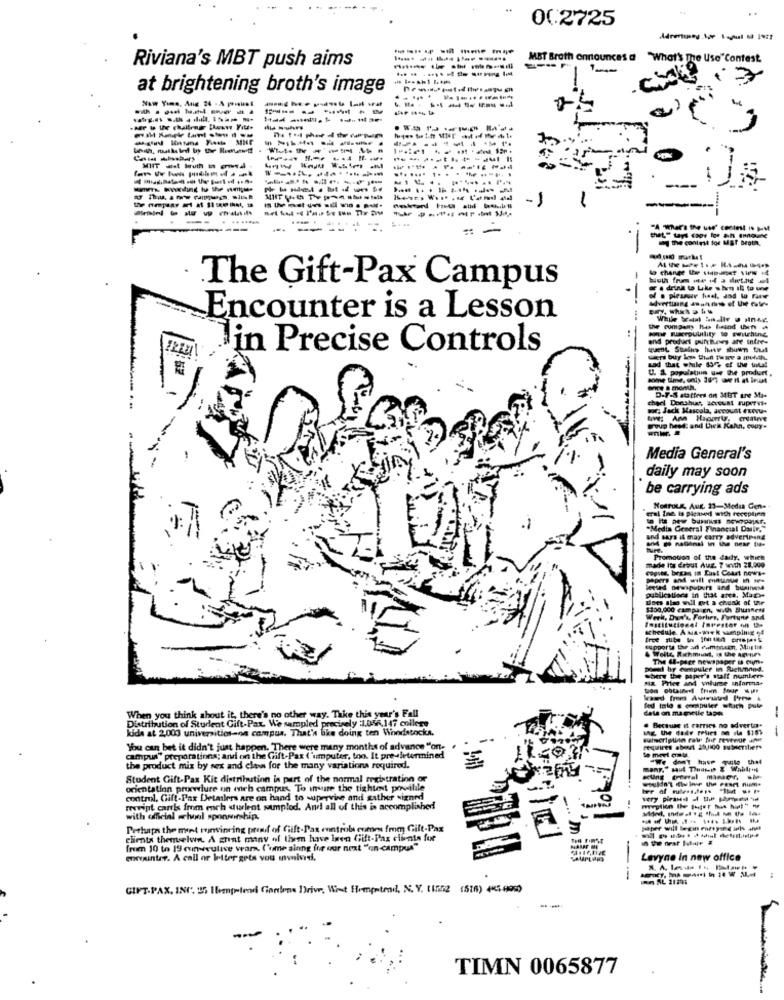
..
00.2725
--------
Riviana's MBT push aims
MBT Broth onrtounces d "What's The Use"Contest
1-4=
at brightening broth's image
Naw Time. Aug 24 - A pointin
- -------
--------
-----
... .... ....----..
-)
....
-----
-
that." Lays copy for ach ennoune
-
The Gift-Pax Campus
. drink to Like when Il to use
Encounter is a Lesson
--- -
Home Furcrputility to switching
end product point.nes are intre-
Jin Precise Controls
U. S. population der the produrt.
ad that while 65% of the total
once a month,
chael Dorphus, scroust superys-
woe; Jack Mascola, account exevu-
group heed: and then Kahn, couy.
Media General's
daily may soon
be carrying ads
eral tre. is pigasi with receptjen
NORFOLK, Aug. 23-Modsa Gen-
"Media General Financial Darir."
and says it may carry advertising
Promotion of the daily, which
made its debut Aue. 7 with 28.000
copies, began in East Coast news-
publicstiens in that anes, Mapy
Lists she will ørt a chunk of the
$100,000 campaign, with Sunness
Werk, Dun'a, Forbes, Fortune and
schedule Ama-wek sampling 4
Wells, Richmond, is the agnes
The I-pace newspaper u cun.
we by enguler in Richmond.
Mix Price and volume informa-
Shary the paper's staff number
Cala on ma meule tapes
When you think about it, there's no other way. Take this year's Fall
Distribution of Student Gift-Pax We sampled pr
kids at 2,000 universitios-on campus. That's like doing ten Woodstocka.
Abled precisely :1.056,147 collers
Because it carries no adverta.
You can bet it didn't just happen. There were many months of advance "ont-
requires about 25/100 subscribers
campus" preparations; and on the Gift-Pax ("umputer, too. It pre-determined
"We don't have quite that
the product miz by sex and claw for the many variations required.
Student Gift-Pax Kit distribution is part of the normal registration or
wouldn't ilu ine the Fenet nisme
orientatinn prixwiure on meh campus To insure the tightest poville
control, Gift-Pax Detailers are on hand to supervise and gather signed
revint carls from ench dulent samplod. And all of this is accomplished
with official whoel sponsorship.
Perhaps the ment convincing premi of Gift-Pax controle cumen fmm Gilt-Pax
paper will been metyed with
clients themselwn. A great many of them have igen Gift-Pax clients fue
from 10 to 19 cunweulive wars. ('ume ainng for our next "on-campus"
eninter. A call or Weiter gets you mwlvd.
Levyne In new office
---
A 21291
GIFT.PAX. ING. 25 Ibeenpwlendi Gonlene Drive, Wint Hempstead, N. Y. 11552 (516) 4K5-9990
TIMN 0065877